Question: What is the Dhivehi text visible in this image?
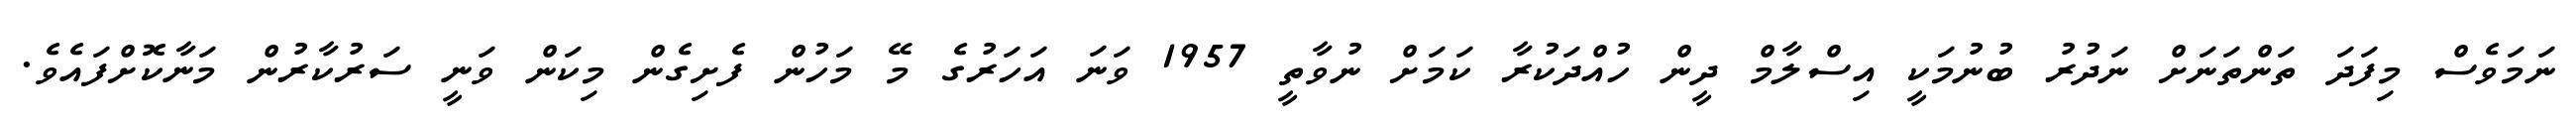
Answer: ނަމަވެސް މިފަދަ ތަންތަނަށް ނަދުރު ބުނުމަކީ އިސްލާމް ދީން ހުއްދަކުރާ ކަމަށް ނުވާތީ 1957 ވަނަ އަހަރުގެ މޭ މަހުން ފެށިގެން މިކަން ވަނީ ސަރުކާރުން މަނާކޮށްފައެވެ.